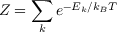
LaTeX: Z = \sum _ { k } e ^ { - E _ { k } / k _ { B } T }